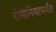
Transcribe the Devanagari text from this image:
रोमेनियापर्यंत